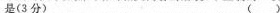
是(3分)( )